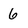
Character: 6